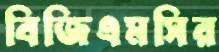
বিজিএমসির